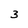
Character: 3